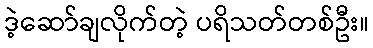
ဒဲ့ဆော်ချလိုက်တဲ့ ပရိသတ်တစ်ဦး။